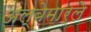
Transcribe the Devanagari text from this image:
अल्बेमार्ले